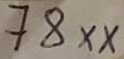
Text: 78XX